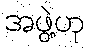
အဖွဲ့ဟု